Annual statistical returns and brief notes on vaccination in Bengal - 1887-1898
Year: 1887
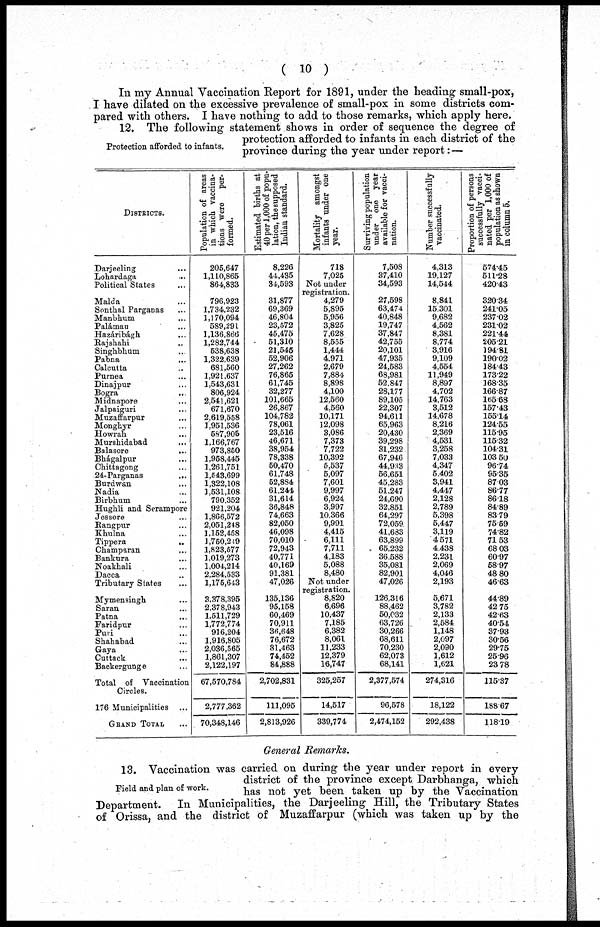
( 10 )
In my Annual Vaccination Report for 1891, under the heading small-pox,
I have dilated on the excessive prevalence of small-pox in some districts com-
pared with others. I have nothing to add to those remarks, which apply here.
Protection afforded to infants.
12. The following statement shows in order of sequence the degree of
protection afforded to infants in each district of the
province during the year under report: —
DISTRICTS.
Darjeeling ...
Lohardaga ...
Political States ...
Maida ...
Sonthal Parganas ...
Manbhum ...
Palámau ...
Hazáribágh
...
Rajshahi ...
Singhbhum ...
Pabna
...
Calcutta ...
Purnea ...
Dinajpur ...
Bogra ...
Midnapore ...
Jalpaiguri ...
Muzaffarpur ...
Monghyr ...
Howrah
...
Murshidabad ...
Balasore
...
Bhágalpur ...
Chittagong ...
24-Parganas
...
Burdwan ...
Nadia ...
Birbhum ...
Hughli and Serampore
Jessore ...
Rangpur ...
Khulna ...
Tippera
...
Champaran ...
Bankura ...
Noakhali ...
Dacca ...
Tributary States ...
Mymensingh ...
Saran ...
Patna ...
Faridpur ...
Puri ...
Shahabad ...
Gaya ...
Cuttack ...
Backergunge ...
Total of Vaccination
Circles.
176 Municipalities ...
GRAND TOTAL ...
Population of areas
in which vaccina-
tions were per-
formed.
205,647
1,110,865
864,833
796,923
1,734,232
1,170,094
589,291
1,136,866
1,282,744
538,638
1,322,639
681,560
1,921,637
1,543,631
806,924
2,541,621
671,670
2,619,558
1,951,536
587,905
1,166,767
973,850
1,958,445
1,261,751
1,543,699
1,322,108
1,531,108
790,352
921,204
1,866,572
2,051,248
1,152,458
1,750,249
1,823,577
1,019,273
1,004,214
2,284,533
1,175,643
3,378,395
2,378,943
1,511,729
1,772,774
916,204
1,916,805
2,036,565
1,861,307
2,122,197
67,570,784
2,777,362
70,348,146
Estimated births at
40 per 1,000 of popu-
lation, the supposed
Indian standard.
8,226
44,435
34,593
31,877
69,369
46,804
23,572
45,475
51,310
21,545
52,906
27,262
76,865
61,745
32,277
101,665
26,867
104,782
78,061
23,516
46,671
38,954
78,338
50,470
61,748
52,884
61,244
31,614
36,848
74,663
82,050
46,098
70,010
72,943
40,771
40,169
91,381
47,026
135,136
95,158
60,469
70,911
36,648
76,672
81,463
74,452
84,888
2,702,831
111,095
2,813,926
Mortality amongst
infants under one
year.
718
7,025
Not under
registration.
4,279
5,895
5,956
3,825
7,628
8,555
1,444
4,971
2,679
7,884
8,898
4,100
12,560
4,560
10,171
12,098
3,086
7,373
7,722
10,392
5,537
5,097
7,601
9,997
6,924
3,997
10,366
9,991
4,415
6,111
7,711
4,183
5,088
8,480
Not under
registration.
8,820
6,696
10,437
7,185
6,382
8,061
11,233
12,379
16,747
325,257
14,517
339,774
Surviving population
under one year
available for vacci-
nation.
7,508
37,410
34,593
27,598
63,474
40,848
19,747
37,847
42,755
20,101
47,935
24,583
68,981
52,847
28,177
89,105
22,307
94,611
65,963
20,430
39,298
31,232
67,946
44,933
56,651
45,283
51,247
24,690
32,851
64,297
72,059
41,683
63,899
65,232
36,588
35,081
82,901
47,026
126,316
88,462
50,032
63,726
30,266
68,611
70,230
62,073
68,141
2,377,574
96,578
2,474,152
Number successfully
vaccinated.
4,313
19,127
14,544
8,841
15,301
9,682
4,562
8,381
8,774
3,916
9,109
4,554
11,949
8,897
4,702
14,763
3,512
14,678
8,216
2,369
4,531
3,258
7,033
4,347
5,402
3,941
4,447
2,128
2,789
5,398
5,447
3,119
4,571
4,438
2,231
2,069
4,046
2,193
5,671
3,782
2,133
2,584
1,148
2,097
2,090
1,612
1,621
274,316
18,122
292,438
Proportion of persons
successfully vacci-
nated per 1,000 of
population as shown
in column 5.
574.45
611.28
420.43
320.34
241.05
237.02
231.02
221.44
205.21
194.81
190.02
184.43
173.22
168.35
166.87
165.68
157.43
155.14
124.55
115.95
115.32
104.31
103.50
96.74
95.35
87.03
86.77
86.18
84.89
83.79
75.59
74.82
71.53
68.03
60.97
58.97
48.80
46.63
44.89
42.75
42.63
40.54
37.93
30.56
29.75
25.96
23.78
115.37
188.67
118.19
General Remarks.
Field and plan of work.
13. Vaccination was carried on during the year under report in every
district of the province except Darbhanga, which
has not yet been taken up by the Vaccination
Department. In Municipalities, the Darjeeling Hill, the Tributary States
of Orissa, and the district of Muzaffarpur (which was taken up by the